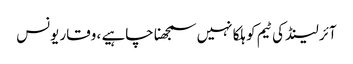
آئر لینڈ کی ٹیم کو ہلکا نہیں سمجھنا چاہیے ، وقار یونس